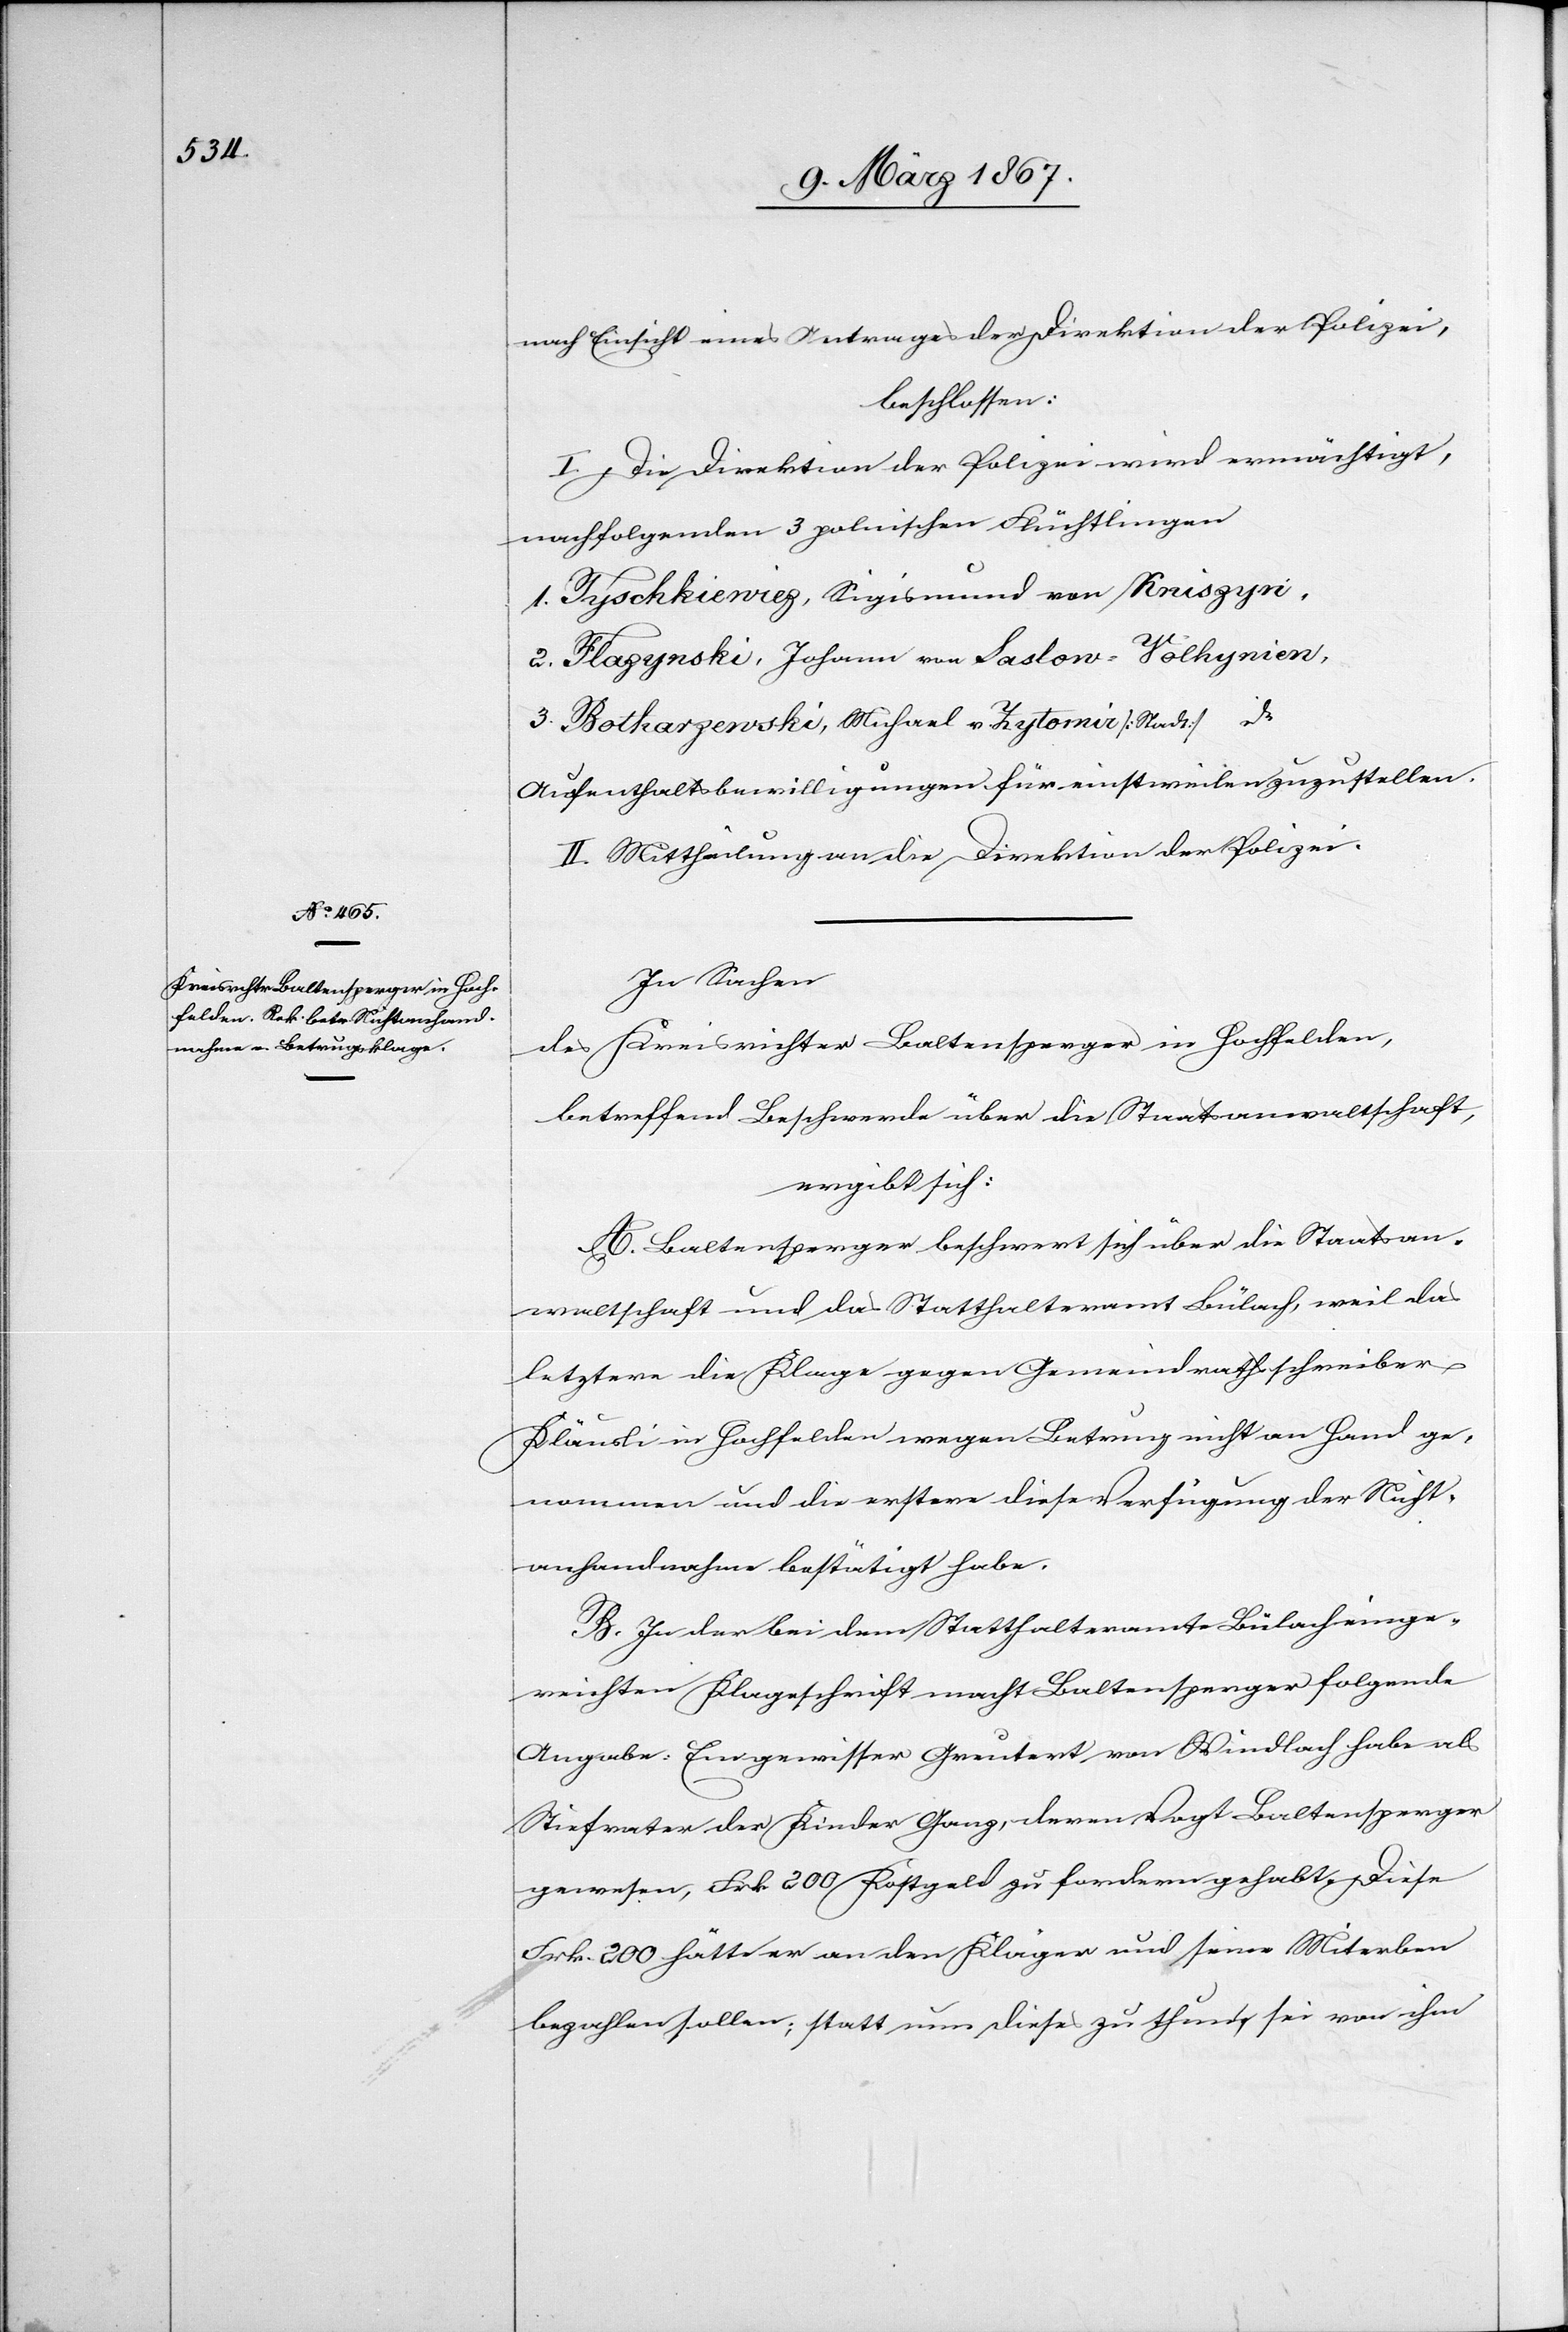
nach Einsicht eines Antrages der Direktion der Polizei,
beschlossen:
I. Die Direktion der Polizei wird ermächtigt,
nachfolgenden 3 politischen Flüchtlingen
1. Tyschkiewiez, Sigismund von Kruszyn,
2. Flazynski, Johann von Saslow-Yolkynien,
3. Botkarzenski, Michael v. Zytomir [Stadt]
Aufenthaltsbewilligungen für einstweilen zuzustellen
II. Mittheilung an die Direktion der Polizei.
In Sachen
des Kreisrichter Baltensperger in Hochfelden,
betreffend Beschwerde über die Staatsanwaltschaft,
ergibt sich:
A. Baltensperger beschwert sich über die Staatsan¬
waltschaft und das Statthalteramt Bülach, weil das
letztere die Klage gegen Gemeindrathsschreiber
Kläusli in Hochfelden wegen Betrug nicht an Hand ge¬
nommen und die erstere diese Verfügung der Nicht¬
anhandnahme bestätigt habe.
B. In der bei dem Statthalteramte Bülach einge¬
reichten Klageschrift macht Baltensperger folgende
Angabe: Ein gewisser Greutert von Windlach habe als
Stiefvater der Kinder Ganz, deren Vogt Baltensperger
gewesen, Frk. 200 Kostgeld zu fordern gehabt. Diese
Frk. 200 hätte er an den Kläger und seine Miterben
bezahlen sollen; statt nun dieses zu thun, sei von ihm